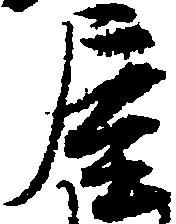
屋